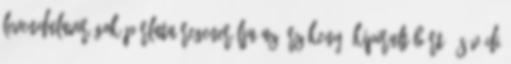
levendulavirágok párlata regenerálja az érzékeny, kipirult bőrt, és védi